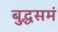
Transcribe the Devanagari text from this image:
बुद्धसमं